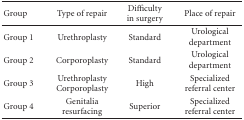
<table><thead><tr><td><b> Group</b></td><td><b>Type of repair</b></td><td><b>Difficulty in surgery</b></td><td><b>Place of repair</b></td></tr></thead><tbody><tr><td>Group 1</td><td>Urethroplasty</td><td>Standard</td><td>Urological department</td></tr><tr><td>Group 2</td><td>Corporoplasty</td><td>Standard</td><td>Urological department</td></tr><tr><td>Group 3</td><td>Urethroplasty Corporoplasty</td><td>High</td><td>Specialized referral center</td></tr><tr><td>Group 4</td><td>Genitalia resurfacing</td><td>Superior</td><td>Specialized referral center</td></tr></tbody></table>